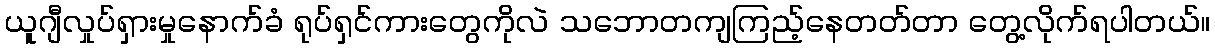
ယူဂျီလှုပ်ရှားမှုနောက်ခံ ရုပ်ရှင်ကားတွေကိုလဲ သဘောတကျကြည့်နေတတ်တာ တွေ့လိုက်ရပါတယ်။